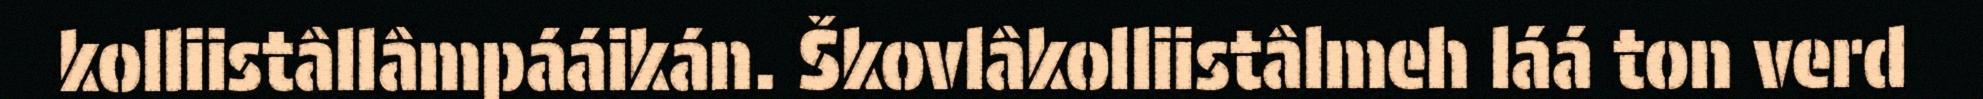
kolliistâllâmpááikán. Škovlâkolliistâlmeh láá ton verd